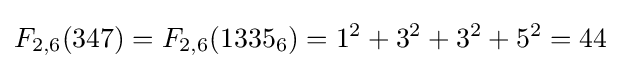
F_{2,6}(347)=F_{2,6}(1335_{6})=1^{2}+3^{2}+3^{2}+5^{2}=44